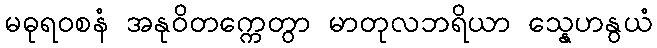
မဓုရဝစနံ အနုဝိတက္ကေတွာ မာတုလဘရိယာ သ္နေဟနွယံ